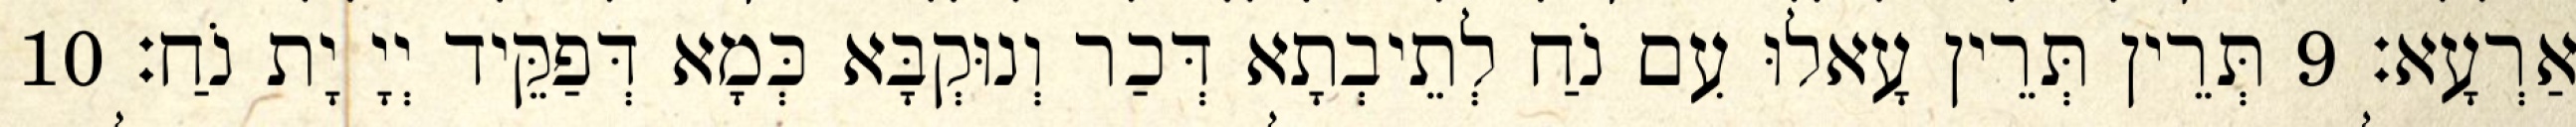
אַרְעָא׃ 9 תְּרֵין תְּרֵין עָאלוּ עִם נֹחַ לְתֵיבְתָא דְּכַר וְנוּקְבָּא כְּמָא דְּפַקֵּיד יְיָ יָת נֹחַ׃ 10